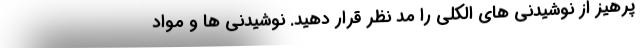
پرهیز از نوشیدنی های الکلی را مد نظر قرار دهید. نوشیدنی ها و مواد